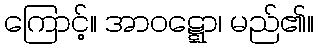
ကြောင့်။ အာဝဋ္ဋော၊ မည်၏။